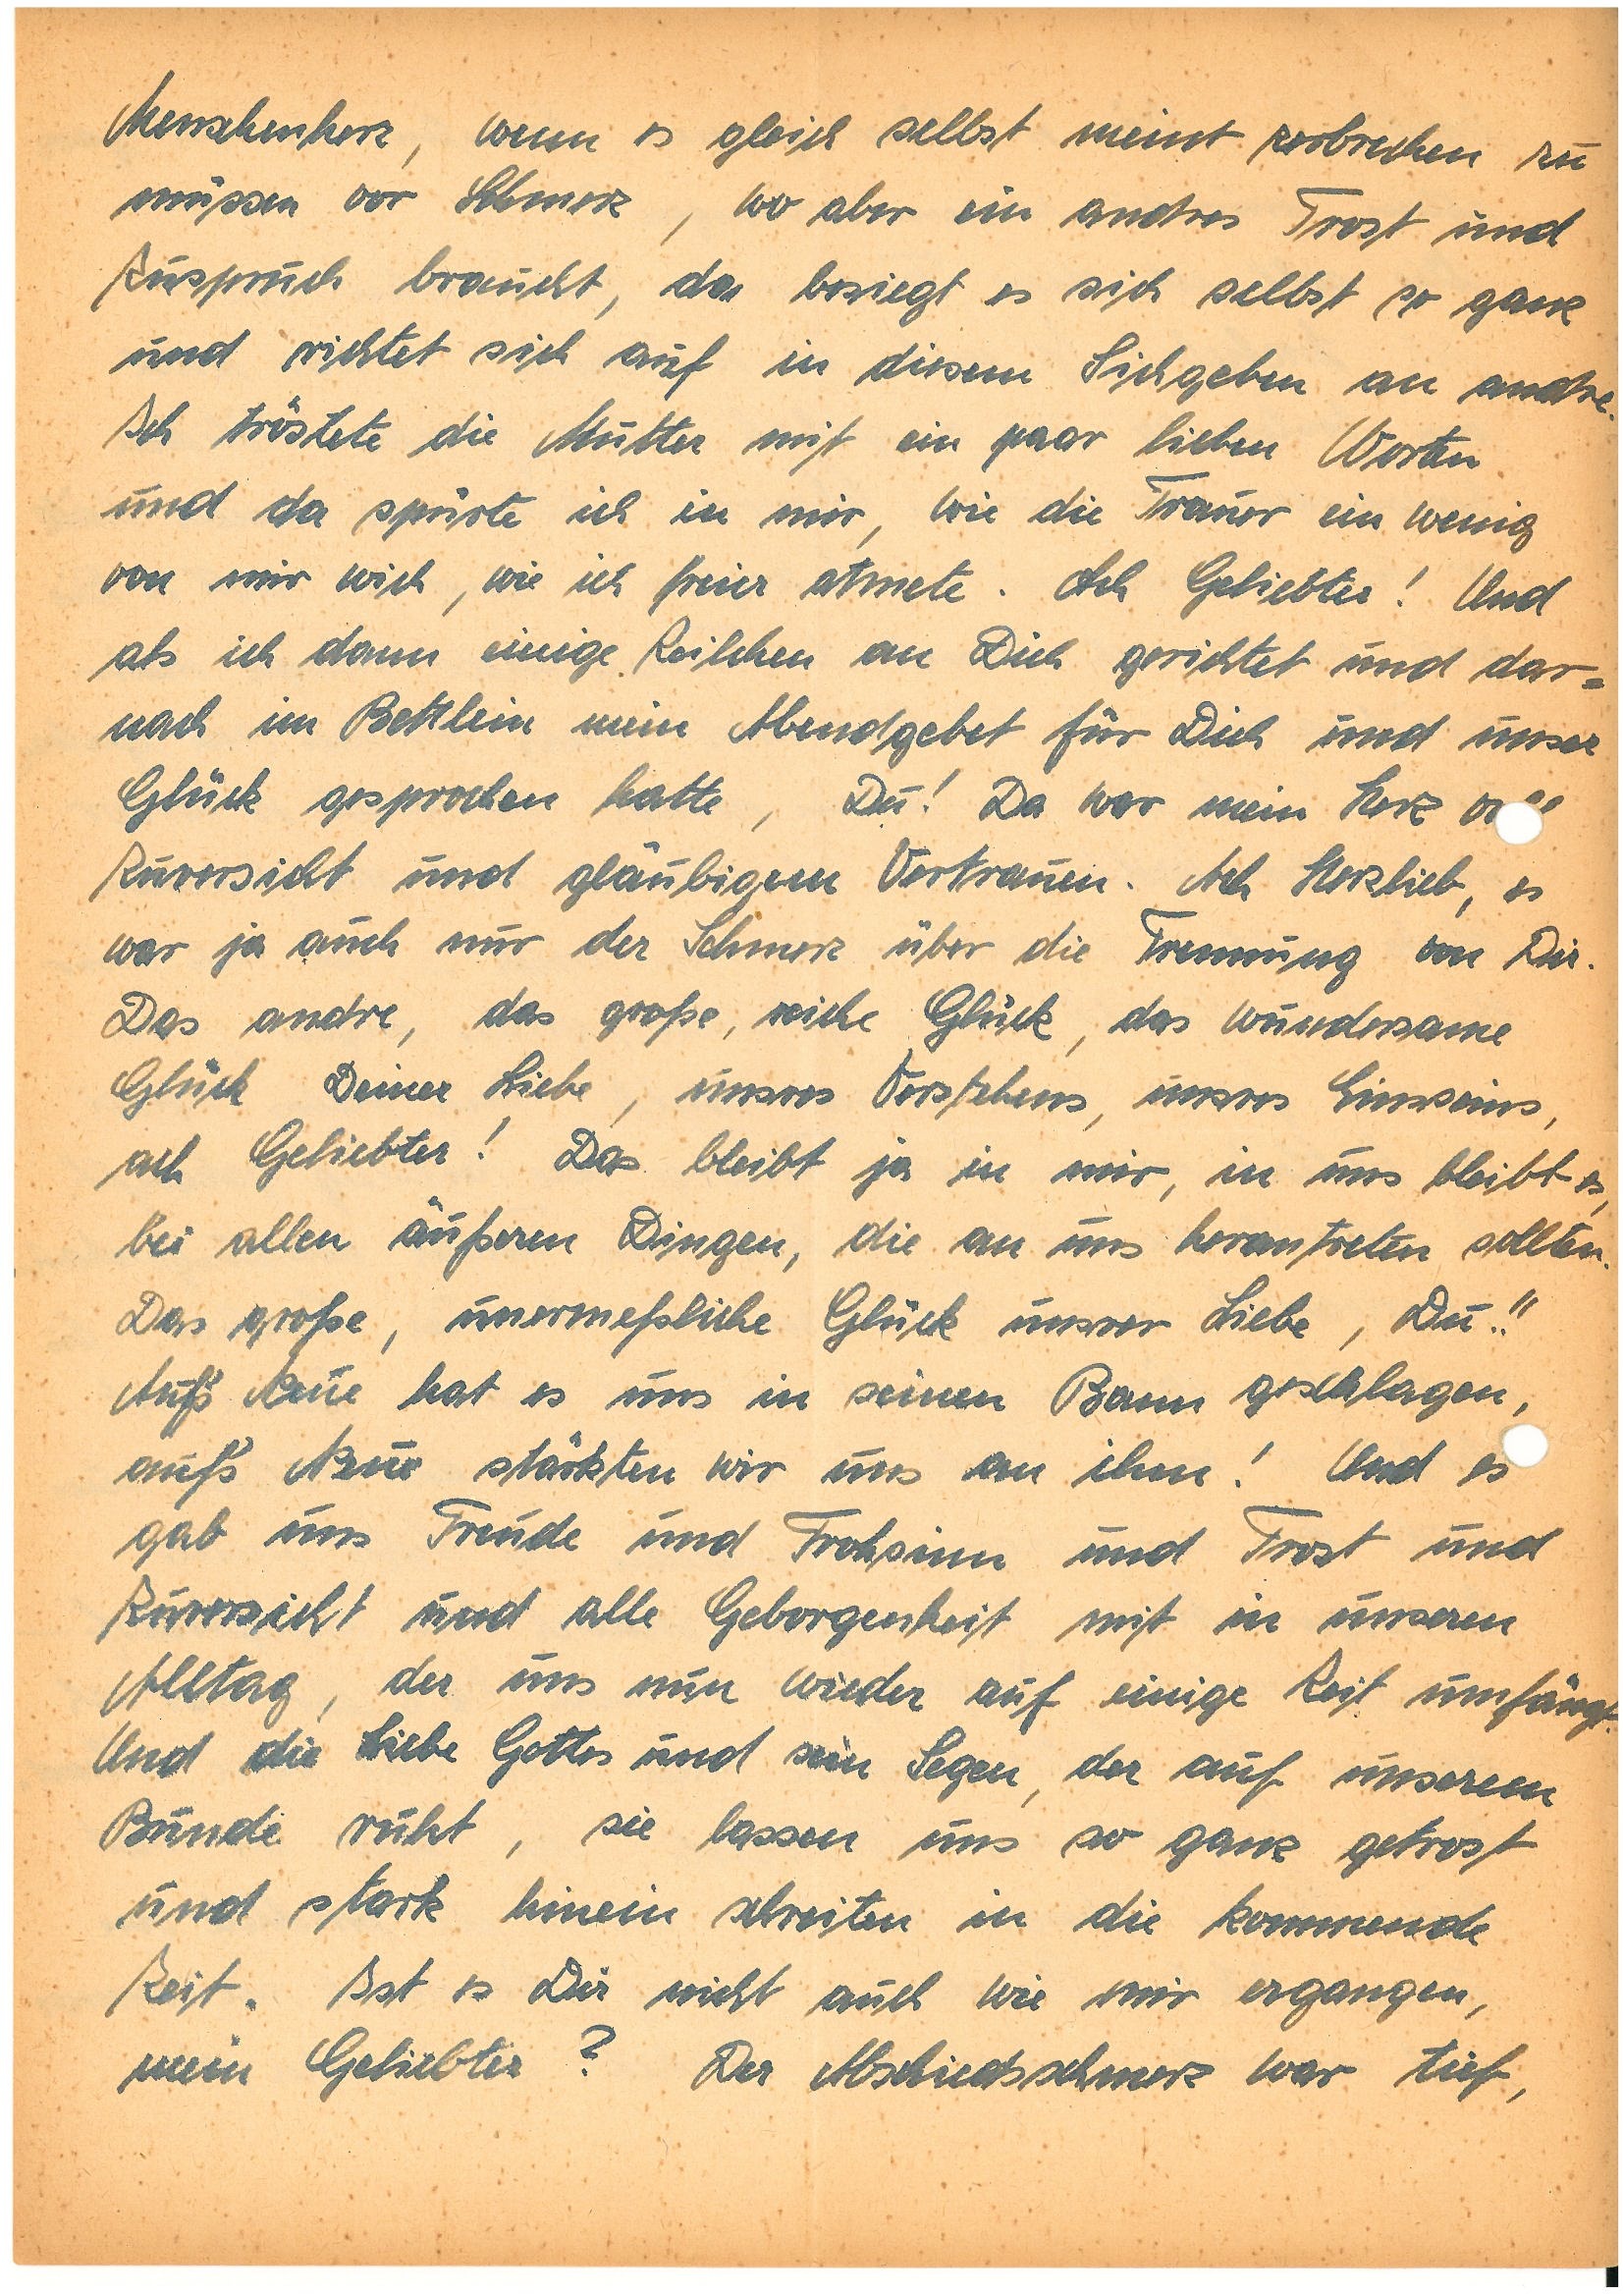
Menschenherz, wenn es gleich selbst meint zerbrechen zu
müssen vor Schmerz, wo aber ein andres Trost und
Zuspruch braucht, da besiegt es sich selbst so ganz
und richtet sich auf in diesem Sichgeben an andre.
Ich tröstete die Mutter mit ein paar lieben Worten
und da spürte ich in mir, wie die Trauer ein wenig
von mir wich, wie ich freier atmete. Ach Geliebter! Und
als ich dann einige Zeilchen an Dich gerichtet und da¬
nach im Bettlein mein Abendgebet für Dich und unser
Glück gesprochen hatte, Du! Da war mein Herz voll
Zuversicht und gläubigem Vertrauen. Ach Herzlieb, es
war ja auch nur der Schmerz über die Trennung von Dir.
Das andre, das große, reiche Glück, das wundersame
Glück Deiner Liebe, unsres Verstehens, unsres Einsseins,
ach Geliebter! Das bleibt ja in mir, in uns bleibt es,
bei allen äußeren Dingen, die an uns herantreten sollten.
Das große, unermeßliche Glück unsrer Liebe, Du!!
Aufs´ Neue hat es uns in seinen Bann geschlagen,
aufs´ Neue stärkten wir uns an ihm! Und es
gab uns Freude und Frohsinn und Trost und
Zuversicht und alle Geborgenheit mit in unseren
Alltag, der uns nun wieder auf einige Zeit umfängt.
Und die Liebe Gottes und sein Segen, der auf unserem
Bunde ruht, sie lassen uns so ganz getrost
und stark hinein schreiten in die kommende
Zeit. Ist es Dir nicht auch wie mir ergangen,
mein Geliebter? Der Abschiedsschmerz war tief,